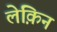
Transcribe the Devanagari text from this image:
लेक़िन